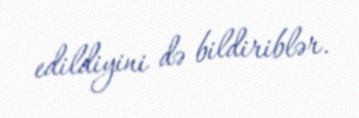
edildiyini də bildiriblər.